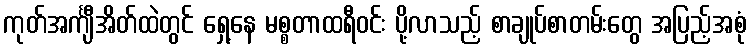
ကုတ်အင်္ကျီအိတ်ထဲတွင် ရှေ့နေ မစ္စတာထရီဝင်း ပို့လာသည့် စာချုပ်စာတမ်းတွေ အပြည့်အစုံ